Medical and sanitary report of the native army of Madras for the year
Year: 1872
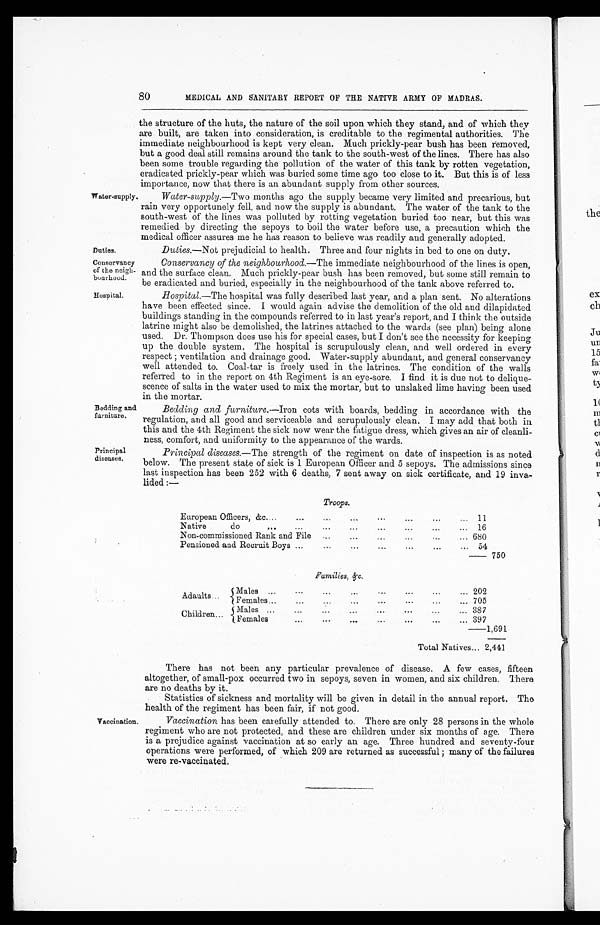
80
MEDICAL AND SANITARY REPORT OF THE NATIVE ARMY OF MADRAS.
Water-supply.
Duties.
Conservancy
of the neigh
bourhood.
Hospital.
Bedding and
furniture.
Principal
diseases.
the structure of the huts, the nature of the soil upon which they stand, and of which they
are built, are taken into consideration, is creditable to the regimental authorities. The
immediate neighbourhood is kept very clean. Much prickly-pear bush has been removed,
but a good deal still remains around the tank to the south-west of the lines. There has also
been some trouble regarding the pollution of the water of this tank by rotten vegetation,
eradicated prickly-pear which was buried some time ago too close to it. But this is of less
importance, now that there is an abundant supply from other sources.
Water-supply.—Two months ago the supply became very limited and precarious, but
rain very opportunely fell, and now the supply is abundant. The water of the tank to the
south-west of the lines was polluted by rotting vegetation buried too near, but this was
remedied by directing the sepoys to boil the water before use, a precaution which the
medical officer assures me he has reason to believe was readily and generally adopted.
Duties.—Not prejudicial to health. Three and four nights in bed to one on duty.
Conservancy of the neighbourhood.—The immediate neighbourhood of the lines is open,
and the surface clean. Much prickly-pear bush has been removed, but some still remain to
be eradicated and buried, especially in the neighbourhood of the tank above referred to.
Hospital. —The hospital was fully described last year, and a plan sent. No alterations
have been effected since. I would again advise the demolition of the old and dilapidated
buildings standing in the compounds referred to in last year's report, and I think the outside
latrine might also be demolished, the latrines attached to the wards (see plan) being alone
used. Dr. Thompson does use his for special cases, but I don't see the necessity for keeping
up the double system. The hospital is scrupulously clean, and well ordered in every
respect ; ventilation and drainage good. Water-supply abundant, and general conservancy
well attended to. Coal-tar is freely used in the latrines. The condition of the walls
referred to in the report on 4th Regiment is an eye-sore. I find it is due not to delique-
scence of salts in the water used to mix the mortar, but to unslaked lime having been used
in the mortar.
Bedding and furniture. —Iron cots with boards, bedding in accordance with the
regulation, and all good and serviceable and scrupulously clean. I may add that both in
this and the 4th Regiment the sick now wear the fatigue dress, which gives an air of cleanli-
ness, comfort, and uniformity to the appearance of the wards.
Principal diseases. —The strength of the regiment on date of inspection is as noted
below. The present state of sick is 1 European Officer and 5 sepoys. The admissions since
last inspection has been 252 with 6 deaths, 7 sent away on sick certificate, and 19 inva-
lided :—
Troops.
European Officers, &c....
...
11
Native
do
... ...
...
...
...
... 16
Non-commissioned Rank and File
...
...
... 680
Pensioned and Recruit Boys ... ...
... ...
54
750
F a m i l i e s , & . c
Adaults
Males .. ...
... ... ... .. ..
202
Females.. ... ...
...
705
Males ...
... 387
Children
Females
... ...
...
....
...
. . . 397
1,691
Total Natives... 2,441
Vaccination.
There has not been any particular prevalence of disease. A few cases, fifteen
altogether, of small-pox occurred two in sepoys, seven in women, and six children. There
are no deaths by it.
Statistics of sickness and mortality will be given in detail in the annual report. The
health of the regiment has been fair, if not good.
Vaccination has been carefully attended to. There are only 28 persons in the whole
regiment who are not protected, and these are children under six months of age. There
is a prejudice against vaccination at so early an age. Three hundred and seventy-four
operations were performed, of which 209 are returned as successful ; many of the failures
were re-vaccinated.